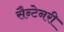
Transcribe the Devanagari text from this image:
सैन्टेनरी